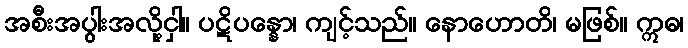
အစီးအပွါးအလို့ငှါ။ ပဋိပန္နော၊ ကျင့်သည်။ နောဟောတိ၊ မဖြစ်။ ဣဓ၊